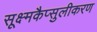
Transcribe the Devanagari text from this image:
सूक्ष्मकैप्सुलीकरण